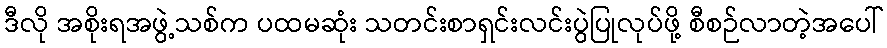
ဒီလို အစိုးရအဖွဲ့သစ်က ပထမဆုံး သတင်းစာရှင်းလင်းပွဲပြုလုပ်ဖို့ စီစဉ်လာတဲ့အပေါ်